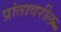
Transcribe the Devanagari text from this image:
प्रांतावरील